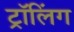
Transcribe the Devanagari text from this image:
ट्रॉलिंग